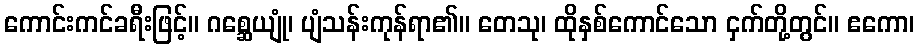
ကောင်းကင်ခရီးဖြင့်။ ဂစ္ဆေယျုံ၊ ပျံသန်းကုန်ရာ၏။ တေသု၊ ထိုနှစ်ကောင်သော ငှက်တို့တွင်။ ဧကော၊